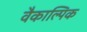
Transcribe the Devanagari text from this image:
वैकाल्पिक